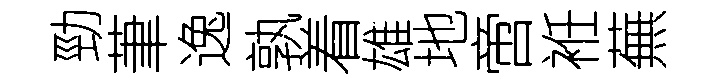
勁茟逸孰着雄地啻袵蕪